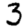
Digit: 3